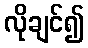
လိုချင်၍